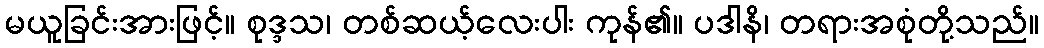
မယူခြင်းအားဖြင့်။ စုဒ္ဒသ၊ တစ်ဆယ့်လေးပါး ကုန်၏။ ပဒါနိ၊ တရားအစုံတို့သည်။